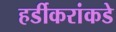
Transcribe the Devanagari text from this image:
हर्डीकरांकडे